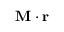
\mathbf { M } \cdot \mathbf { r }